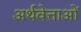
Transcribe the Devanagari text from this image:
अर्थवेत्ताओं